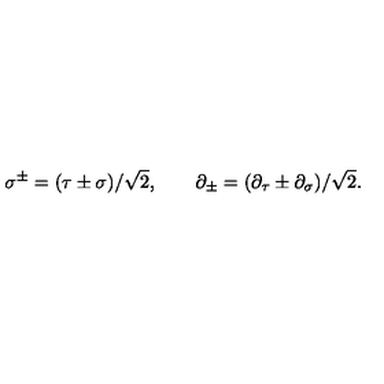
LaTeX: \sigma ^ { \pm } = ( \tau \pm \sigma ) / \sqrt { 2 } , \quad \quad \partial _ { \pm } = ( \partial _ { \tau } \pm \partial _ { \sigma } ) / \sqrt { 2 } .